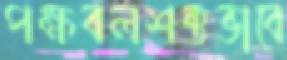
পক্ষবলশক্তভাবে